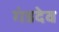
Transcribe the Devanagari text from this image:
गंडदेव